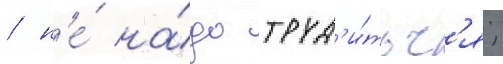
/ н'е́ на́до труд'и́тьс'я;